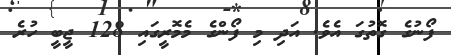
ފޯނުގެ ގޮތުގަ އެވެ. އަދި މި ފޯންގެ މެމޮރީގައި 128 ޖީބީ ހުރެ